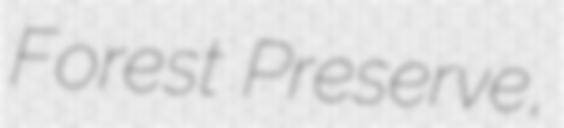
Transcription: Forest Preserve,